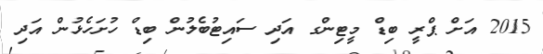
2015 އަށް ޕްރީ ބިޑް މީޓިންގ އަދި ސައިޓުބެލުން ބިޑް ހުށަހެޅުން އަދި